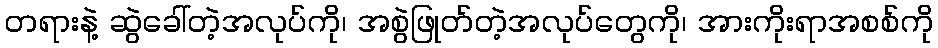
တရားနဲ့ ဆွဲခေါ်တဲ့အလုပ်ကို၊ အစွဲဖြုတ်တဲ့အလုပ်တွေကို၊ အားကိုးရာအစစ်ကို